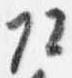
頭